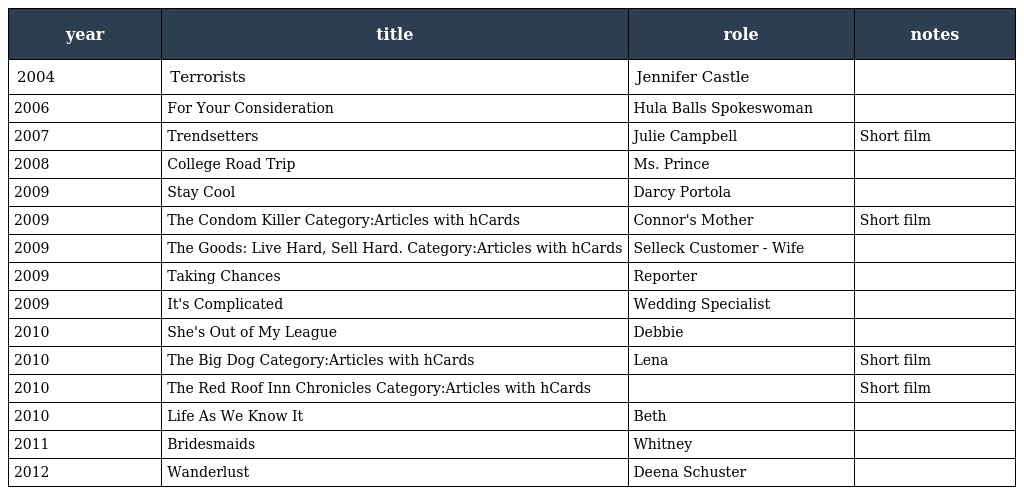
| year | title | role | notes |
 | --- | --- | --- | --- |
 | 2004 | Terrorists | Jennifer Castle |  |
 | 2006 | For Your Consideration | Hula Balls Spokeswoman |  |
 | 2007 | Trendsetters | Julie Campbell | Short film |
 | 2008 | College Road Trip | Ms. Prince |  |
 | 2009 | Stay Cool | Darcy Portola |  |
 | 2009 | The Condom Killer Category:Articles with hCards | Connor's Mother | Short film |
 | 2009 | The Goods: Live Hard, Sell Hard. Category:Articles with hCards | Selleck Customer - Wife |  |
 | 2009 | Taking Chances | Reporter |  |
 | 2009 | It's Complicated | Wedding Specialist |  |
 | 2010 | She's Out of My League | Debbie |  |
 | 2010 | The Big Dog Category:Articles with hCards | Lena | Short film |
 | 2010 | The Red Roof Inn Chronicles Category:Articles with hCards |  | Short film |
 | 2010 | Life As We Know It | Beth |  |
 | 2011 | Bridesmaids | Whitney |  |
 | 2012 | Wanderlust | Deena Schuster |  |